Indian journal of veterinary science and animal husbandry - Volume 14,
Year: 1944
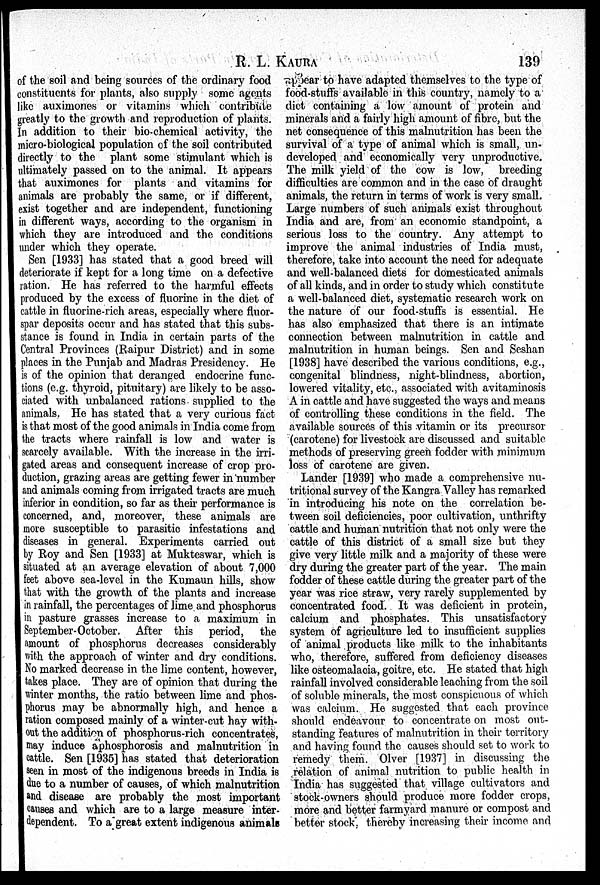
R. L.
KAURA
139
of the soil and being sources of the ordinary food
constituents for plants, also supply some agents
like auximones or vitamins which contribute
greatly to the growth and reproduction of plants.
In addition to their bio-chemical activity, the
micro-biological population of the soil contributed
directly to the plant some stimulant which is
ultimately passed on to the animal. It appears
that auximones for plants and vitamins for
animals are probably the same, or if different,
exist together and are independent, functioning
in different ways, according to the organism in
which they are introduced and the conditions
under which they operate.
Sen [1933] has stated that a good breed will
deteriorate if kept for a long time on a defective
ration. He has referred to the harmful effects
produced by the excess of fluorine in the diet of
cattle in fluorine-rich areas, especially where fluor-
spar deposits occur and has stated that this subs-
stance is found in India in certain parts of the
Central Provinces (Raipur District) and in some
places in the Punjab and Madras Presidency. He
is of the opinion that deranged endocrine func-
tions (e.g. thyroid, pituitary) are likely to be asso-
ciated with unbalanced rations supplied to the
animals. He has stated that a very curious fact
is that most of the good animals in India come from
the tracts where rainfall is low and water is
scarcely available. With the increase in the irri-
gated areas and consequent increase of crop pro-
duction, grazing areas are getting fewer in number
and animals coming from irrigated tracts are much
inferior in condition, so far as their performance is
concerned, and, moreover, these animals are
more susceptible to parasitic infestations and
diseases in general. Experiments carried out
by Roy and Sen [1933] at Mukteswar, which is
situated at an average elevation of about 7,000
feet above sea-level in the Kumaun hills, show
that with the growth of the plants and increase
in rainfall, the percentages of lime and phosphorus
in pasture grasses increase to a maximum in
September-October. After this period, the
amount of phosphorus decreases considerably
with the approach of winter and dry conditions.
No marked decrease in the lime content, however,
takes place. They are of opinion that during the
winter months, the ratio between lime and phos-
phorus may be abnormally high, and hence a
ration composed mainly of a winter-cut hay with-
out the addition of phosphorus-rich concentrates,
may induce aphosphorosis and malnutrition in
cattle. Sen [1935] has stated that deterioration
seen in most of the indigenous breeds in India is
due to a number of causes, of which malnutrition
and disease are probably the most important
causes and which are to a large measure inter-
dependent. To a great extent indigenous animals
appear to have adapted themselves to the type of
food-stuffs available in this country, namely to a
diet containing a low amount of protein and
minerals and a fairly high amount of fibre, but the
net consequence of this malnutrition has been the
survival of a type of animal which is small, un-
developed and economically very unproductive.
The milk yield of the cow is low, breeding
difficulties are common and in the case of draught
animals, the return in terms of work is very small.
Large numbers of such animals exist throughout
India and are, from an economic standpoint, a
serious loss to the country. Any attempt to
improve the animal industries of India must,
therefore, take into account the need for adequate
and well-balanced diets for domesticated animals
of all kinds, and in order to study which constitute
a well-balanced diet, systematic research work on
the nature of our food-stuffs is essential. He
has also emphasized that there is an intimate
connection between malnutrition in cattle and
malnutrition in human beings. Sen and Seshan
[1938] have described the various conditions, e.g.,
congenital blindness, night-blindness, abortion,
lowered vitality, etc., associated with avitaminosis
A in cattle and have suggested the ways and means
of controlling these conditions in the field. The
available sources of this vitamin or its precursor
(carotene) for livestock are discussed and suitable
methods of preserving green fodder with minimum
loss of carotene are given.
Lander [1939] who made a comprehensive nu-
tritional survey of the Kangra Valley has remarked
in introducing his note on the correlation be-
tween soil deficiencies, poor cultivation, unthrifty
cattle and human nutrition that not only were the
cattle of this district of a small size but they
give very little milk and a majority of these were
dry during the greater part of the year. The main
fodder of these cattle during the greater part of the
year was rice straw, very rarely supplemented by
concentrated food. It was deficient in protein,
calcium and phosphates. This unsatisfactory
system of agriculture led to insufficient supplies
of animal products like milk to the inhabitants
who, therefore, suffered from deficiency diseases
like osteomalacia, goitre, etc. He stated that high
rainfall involved considerable leaching from the soil
of soluble minerals, the most conspicuous of which
was calcium. He suggested that each province
should endeavour to concentrate on most out-
standing features of malnutrition in their territory
and having found the causes should set to work to
remedy them. Olver [1937] in discussing the
relation of animal nutrition to public health in
India has suggested that village cultivators and
stock-owners should produce more fodder crops,
more and better farmyard manure or compost and
better stock, thereby increasing their income and